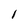
Character: I